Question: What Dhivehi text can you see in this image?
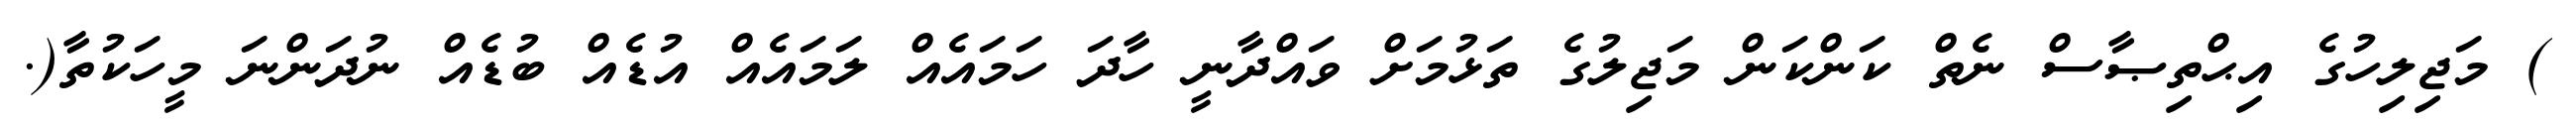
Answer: ) މަޖިލިހުގެ އިޙްތިޞާސް ނެތް ކަންކަން މަޖިލުގެ ތަޅުމަށް ވައްދާނީ ހާދަ ހަމައެއް ލަމައެއް އުޑެއް ބުޑެއް ނުދަންނަ މީހަކުތާ(.